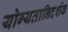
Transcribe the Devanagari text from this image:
योग्यतानिदर्शक